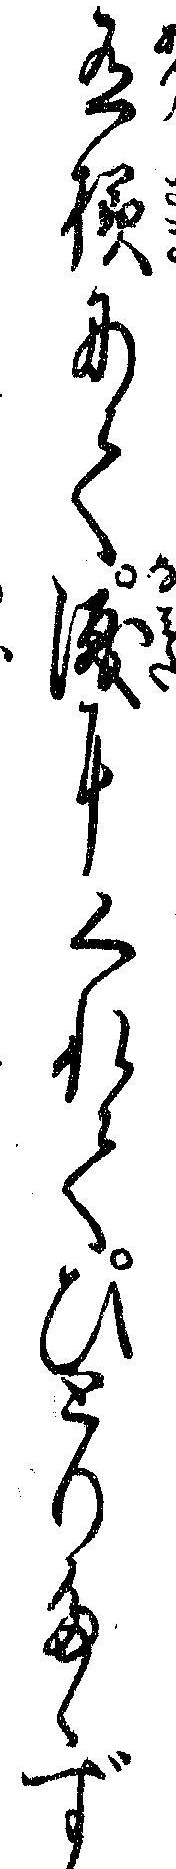
有様にて涙にくれてひとりたゝず